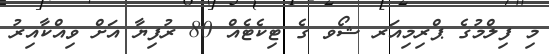
މި ފިލްމުގެ ޕްރިމިއަރ ޝޯވ ގެ ޓިކެޓެއް 80 ރުފިޔާ އަށް ވިއްކާއިރު